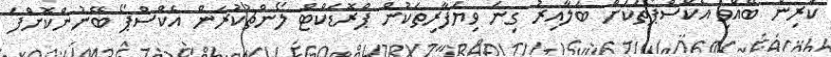
ކުރިން ބޭއްވި އެކްސްޕޯތަކަށް ބަލާއިރު ގިނަ ވިޔަފާރިތަކުން ޕްރޮޑަކްޓް ލޯންޗުކުރަން އެކްސްޕޯ ބޭނުންކޮށްފަ